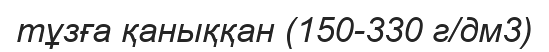
тұзға қаныққан (150-330 г/дм3)